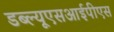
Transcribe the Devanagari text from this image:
डब्ल्यूएसआईपीएस